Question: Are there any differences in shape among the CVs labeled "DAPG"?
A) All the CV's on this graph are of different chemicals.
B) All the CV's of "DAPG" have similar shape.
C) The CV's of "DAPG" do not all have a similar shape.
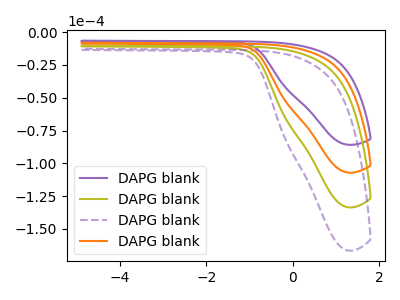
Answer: <think>The purple curve "DAPG blank1" has no peaks. The olive curve "DAPG blank2" has no peaks. The purple dashed curve "DAPG blank3" has no peaks. The orange curve "DAPG blank4" has no peaks.
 Neither "DAPG blank1" or "DAPG blank2" have any peaks. Neither "DAPG blank1" or "DAPG blank3" have any peaks. Neither "DAPG blank1" or "DAPG blank4" have any peaks. Neither "DAPG blank2" or "DAPG blank3" have any peaks. Neither "DAPG blank2" or "DAPG blank4" have any peaks. Neither "DAPG blank3" or "DAPG blank4" have any peaks.</think>
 <answer>B) All the CV's of "DAPG" have similar shape.</answer>
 <eval>B</eval>